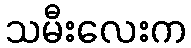
သမီးလေးက